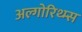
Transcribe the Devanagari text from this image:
अल्गोरिथ्म्स